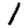
Digit: 1